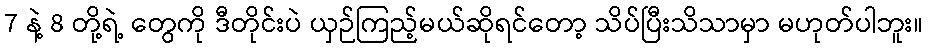
7 နဲ့ 8 တို့ရဲ့ တွေကို ဒီတိုင်းပဲ ယှဉ်ကြည့်မယ်ဆိုရင်တော့ သိပ်ပြီးသိသာမှာ မဟုတ်ပါဘူး။